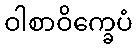
ဝါစာဝိက္ခေပံ